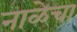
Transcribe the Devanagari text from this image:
नाळेचा